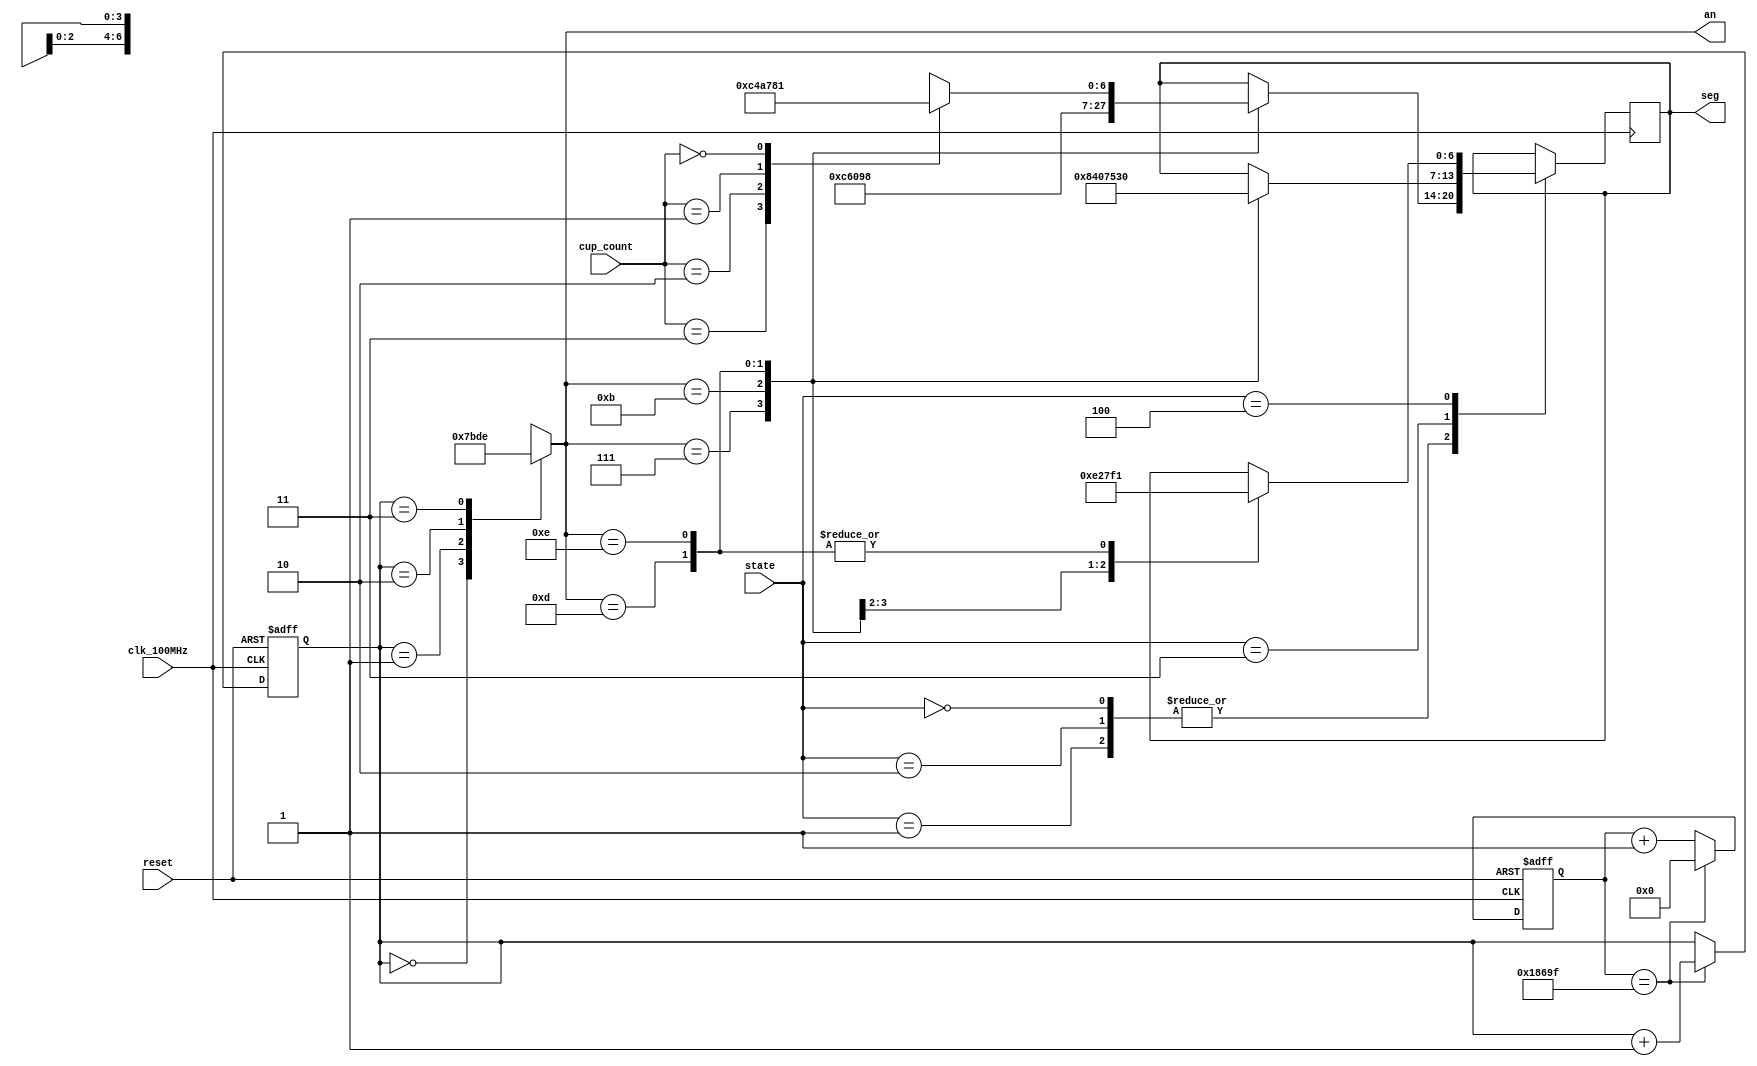
// This program was cloned from: https://github.com/FPGADude/Digital-Design
// License: GNU General Public License v3.0

`timescale 1ns / 1ps

module seg7_control(
    input clk_100MHz,       // BASYS 3 clock
    input reset,            // btnC
    input [1:0] cup_count,  // From top
    input [2:0] state,  // From top
    output reg [0:6] seg,       // BASYS 3 cathodes
    output reg [3:0] an         // BASYS 3 anodes
    );
    
    reg [1:0] anode_select;
    reg [16:0] anode_timer;
    
    always @(posedge clk_100MHz or posedge reset) begin
        if(reset) begin
            anode_select <= 0;
            anode_timer <= 0; 
        end
        else
            if(anode_timer == 99_999) begin
                anode_timer <= 0;
                anode_select <=  anode_select + 1;
            end
            else
                anode_timer <=  anode_timer + 1;
    end
    
    always @(anode_select) begin
        case(anode_select) 
            2'b00 : an = 4'b0111;
            2'b01 : an = 4'b1011;
            2'b10 : an = 4'b1101;
            2'b11 : an = 4'b1110;
        endcase
    end
    
    always @(posedge clk_100MHz) begin
        case(state)
            3'b000 : begin   // Idle state
                      case(an)
                          4'b0111 : seg = 7'b011_0001;
                          4'b1011 : seg = 7'b100_0001;
                          4'b1101 : seg = 7'b001_1000;
                          4'b1110 : begin
                                      case(cup_count)
                                          3 : seg = 7'b000_0110;
                                          2 : seg = 7'b001_0010;
                                          1 : seg = 7'b100_1111;
                                          0 : seg = 7'b000_0001;
                                      endcase
                                  end
                      endcase
                    end
                    
            3'b001 : begin   // Ready state
                      case(an)
                          4'b0111 : seg = 7'b011_0001;
                          4'b1011 : seg = 7'b100_0001;
                          4'b1101 : seg = 7'b001_1000;
                          4'b1110 : begin
                                      case(cup_count)
                                          3 : seg = 7'b000_0110;
                                          2 : seg = 7'b001_0010;
                                          1 : seg = 7'b100_1111;
                                          0 : seg = 7'b000_0001;
                                      endcase
                                  end
                      endcase
                    end
            
            3'b010 : begin   // Making coffee state
                      case(an)
                          4'b0111 : seg = 7'b011_0001;
                          4'b1011 : seg = 7'b100_0001;
                          4'b1101 : seg = 7'b001_1000;
                          4'b1110 : begin
                                      case(cup_count)
                                          3 : seg = 7'b000_0110;
                                          2 : seg = 7'b001_0010;
                                          1 : seg = 7'b100_1111;
                                          0 : seg = 7'b000_0001;
                                      endcase
                                  end
                      endcase
                    end
                    
            3'b011 : begin   // Coffee done state
                      case(an)
                          4'b0111 : seg = 7'b100_0010;
                          4'b1011 : seg = 7'b000_0001;
                          4'b1101 : seg = 7'b110_1010;
                          4'b1110 : seg = 7'b011_0000;
                      endcase
                    end
                    
            3'b100 : begin   // Need water state
                      case(an)
                          4'b0111 : seg = 7'b011_1000;
                          4'b1011 : seg = 7'b100_1111;
                          4'b1101 : seg = 7'b111_0001;
                          4'b1110 : seg = 7'b111_0001;
                      endcase
                    end
        endcase
    end
    
endmodule